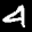
Label: 4